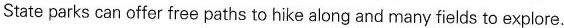
State parks can offer free paths to hike along and many fields to explore.